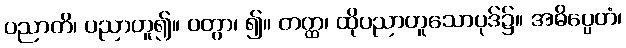
ပညာတိ၊ ပညာဟူ၍။ ဝတွာ၊ ၍။ တတ္ထ၊ ထိုပညာဟူသောပုဒ်၌။ အဓိပ္ပေတံ၊